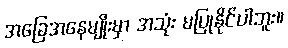
အခြေအနေမျိုးမှာ အသုံး မပြုနိုင်ပါဘူး။